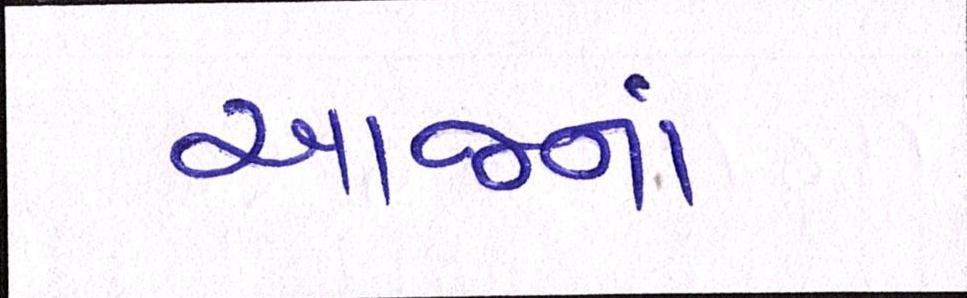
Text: આજનાં